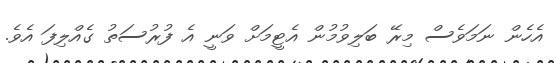
އެހެން ނަމަވެސް މިރޭ ބަލިވުމުން އެޓީމަށް ވަނީ އެ ފުރުސަތު ގެއްލިފަ އެވެ.